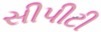
સીપીટી